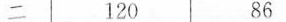
二 120 97